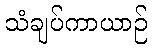
သံချပ်ကာယာဉ်